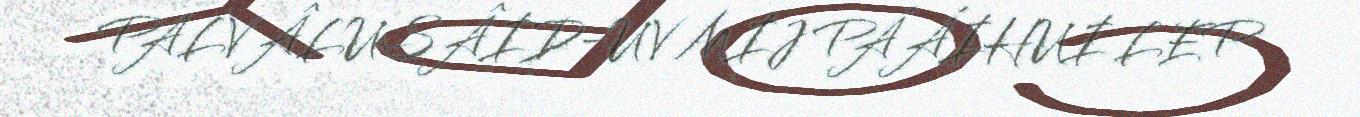
PALVÂLUSÂID-UV MIJ PÁÁIHUI LEP